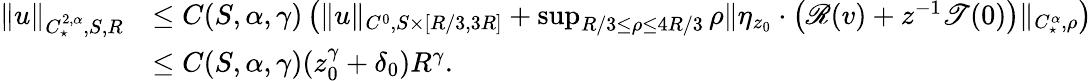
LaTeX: \begin{array}{rl}{\| u\| _{C_{\star}^{2,\alpha},S,R}}&{\leq C(S,\alpha,\gamma)\left(\| u\| _{C^{0},S\times[R/3,3R]}+\operatorname*{sup}_{R/3\leq\rho\leq 4R/3}\rho\| \eta_{z_{0}}\cdot\left(\mathscr{R}(v)+z^{-1}\mathscr{T}(0)\right)\| _{C_{\star}^{\alpha},\rho}\right)}\\ &{\leq C(S,\alpha,\gamma)(z_{0}^{\gamma}+\delta_{0})R^{\gamma}.}\end{array}